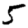
Digit: 5